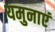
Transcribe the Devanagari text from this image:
यमुनाएं